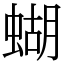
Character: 蝴